Lunatic asylums in Bengal annual reports 1899-1911 - 1899-1911
Year: 1899
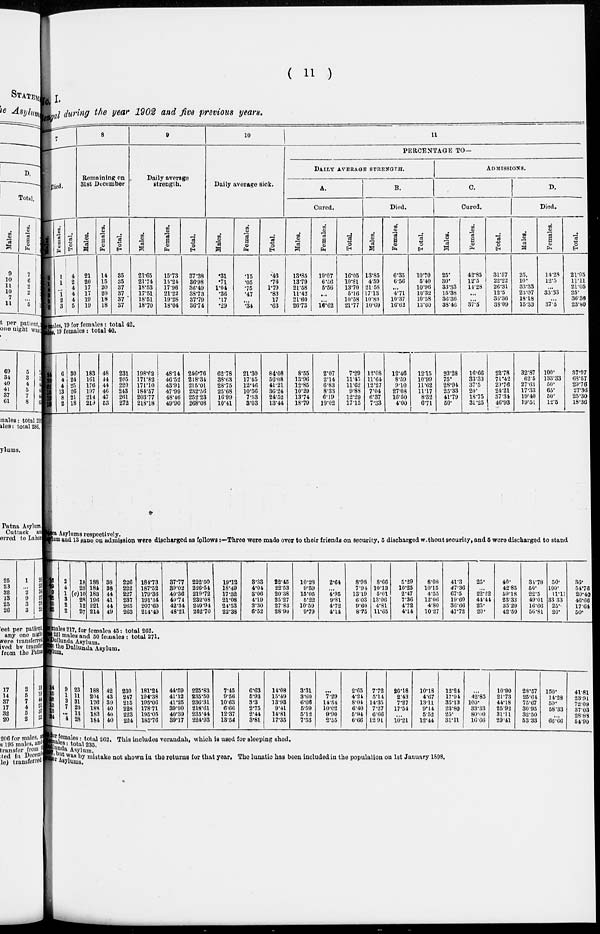
( 11 )
No. I.
Bengal during the year 1902 and five previous years.
7
Died.
Females.
1
1
...
1
2
3
Total.
4
2
4
4
4
5
8
Remaining on
31st December.
Males.
21
20
17
17
19
19
Females.
14
15
20
20
18
18
Total.
35
35
37
37
37
37
9
Daily average
strength.
Males.
21.65
21.74
18.53
17.51
18.51
18.70
Females.
15.73
15.24
17.96
21.22
19.28
18.04
Total.
37.38
36.98
36.49
38.73
37.79
36.74
10
Daily average sick.
Males.
.31
.71
1.04
.36
.17
.29
Females.
.15
.05
.75
.47
...
.34
Total.
.46
.76
1.79
.83
.17
.63
11
PERCENTAGE TO—
DAILY AVERAGE STRENGTH.
A.
Cured.
Males.
13.85
13.79
21.58
11.42
21.60
26.73
Females.
19.07
6.56
5.56
...
...
16.62
Total.
16.05
10.81
13.70
5.16
10.58
21.77
B.
Died.
Males.
13.85
4.59
21.58
17.13
10.89
10.69
Females.
6.35
6.56
...
4.71
10.37
16.62
Total.
10.70
5.40
10.96
10.32
10.58
13.60
ADMISSIONS.
C.
Cured.
Males.
25.
30.
33.33
15.38
36.36
38.46
Females.
42.85
12.5
14.28
...
...
37.5
Total.
31.57
22.22
26.31
12.5
36.36
38.09
D.
Died.
Males.
25.
10.
33.33
23.07
18.18
15.33
Females.
14.28
12.5
...
33.33
...
37.5
Total.
21.05
11.11
21.05
25.
36.36
23.80
males, 19 for females : total 42.
mal es, 19 females : total 40.
6
4
4
13
8
2
30
24
25
26
21
18
183
161
176
197
214
219
48
44
44
46
47
53
231
205
220
243
261
272
198.62
171.82
171.10
184.57
203.77
218.18
48.14
46.52
43.91
47.99
48.46
49.90
246.76
218.34
215.01
232.56
252.23
268.08
62.78
38.63
28.75
25.68
16.99
10.41
21.30
17.45
12.46
10.56
7.53
3.03
84.08
56.08
41.21
36.24
24.52
13.44
8.55
13.96
12.85
10.29
13.74
18.79
2.07
2.14
6.83
8.33
6.19
19.02
7.29
11.45
11.62
9.88
12.29
17.15
12.08
11.64
12.27
7.04
6.37
7.33
12.46
8.59
9.10
27.08
16.50
4.00
12.15
10.99
11.62
11.17
8.32
6.71
23.28
75.
28.94
25.33
41.79
50.
16.66
33.33
37.5
20.
18.75
31.25
22.78
71.42
20.76
24.21
37.34
46.93
32.87
62.5
27.63
17.33
19.40
19.51
100.
133.33
50.
65.
50.
12.5
37.97
68.57
29.76
27.36
25.30
18.36
Dacca Asylums respectively.
Asylum and 13 sane on admission were discharged as follows:—Three were made over to their friends on security, 5 discharged without security, and 5 were discharged to stand
16
19
9
25
10
25
2
4
1
3
2
2
18
23
(c)10
28
12
27
188
184
183
196
221
214
38
38
44
41
44
49
226
222
227
237
265
263
184.73
187.52
179.36
191.34
207.60
214.49
37.77
39.02
40.36
40.74
42.34
48.21
222.50
226.54
219.72
232.08
249.94
262.70
19.12
18.49
17.32
21.08
24.53
22.38
3.33
4.04
3.06
4.19
3.30
6.52
22.45
22.53
20.38
25.27
27.83
28.90
10.23
9.59
15.05
5.22
10.59
9.79
2.64
...
4.95
9.81
4.72
4.14
8.98
7.94
13.19
6.03
9.60
8.75
8.66
10.13
5.01
13.06
4.81
11.65
5.29
8.08
10.25
10.15
2.47
4.55
7.36
12.06
4.72
4.80
4.14
10.27
41.3
47.36
67.5
19.60
36.66
47.72
25.
...
22.22
44.44
25.
20.
40.
42.85
59.18
23.33
35.29
42.59
34.78
50.
22.5
49.01
16.66
56.81
50.
100.
11.11
33.33
25.
20.
36.
54.76
20.40
46.66
17.64
50.
males 217, for females 45 : total 262.
221 males and 50 females : total 271.
Dullunda Asylum.
from the Dullunda Asylum.
Asylum.
14
10
28
13
13
24
9
1
3
7
...
4
23
11
31
20
13
28
188
204
176
188
183
184
42
43
39
40
40
40
230
247
215
228
223
224
181.24
194.38
195.06
178.71
195.05
185.76
44.59
41.12
41.25
39.90
40.39
39.17
225.83
235.50
236.31
218.61
235.44
224.93
7.45
9.56
10.63
6.66
12.37
13.54
6.63
5.93
3.3
2.75
2.44
3.81
14.08
15.49
13.93
9.41
14.81
17.35
3.31
3.60
6.66
5.59
5.12
7.53
...
7.29
14.54
10.02
9.90
2.55
2.65
4.24
8.04
6.40
5.94
6.66
7.72
5.14
14.35
7.27
6.66
12.91
20.18
2.43
7.27
17.54
...
10.21
10.18
4.67
13.11
9.14
5.52
12.44
12.24
17.94
35.13
23.80
25.
31.11
...
42.85
100.
33.33
80.00
16.66
10.90
21.73
44.18
25.92
31.11
29.41
28.57
25.64
75.67
30.95
32.50
53.33
150.
14.28
50.
58.33
...
66.66
41.81
23.91
72.09
37.03
28.88
54.90
for females : total 262. This includes verandah, which is used for sleeping shed.
females : total 235.
Dullunda Asylum.
1897, but by mistake not shown in the returns for that year. The lunatic has been included in the population on 1st January 1898.
other Asylums.